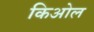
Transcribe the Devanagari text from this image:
किओल